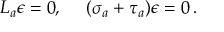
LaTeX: L _ { a } \epsilon = 0 , \ \ \ \ ( \sigma _ { a } + \tau _ { a } ) \epsilon = 0 \, .